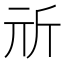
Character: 𣂕